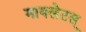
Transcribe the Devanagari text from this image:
मायलेटस्